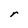
Character: r